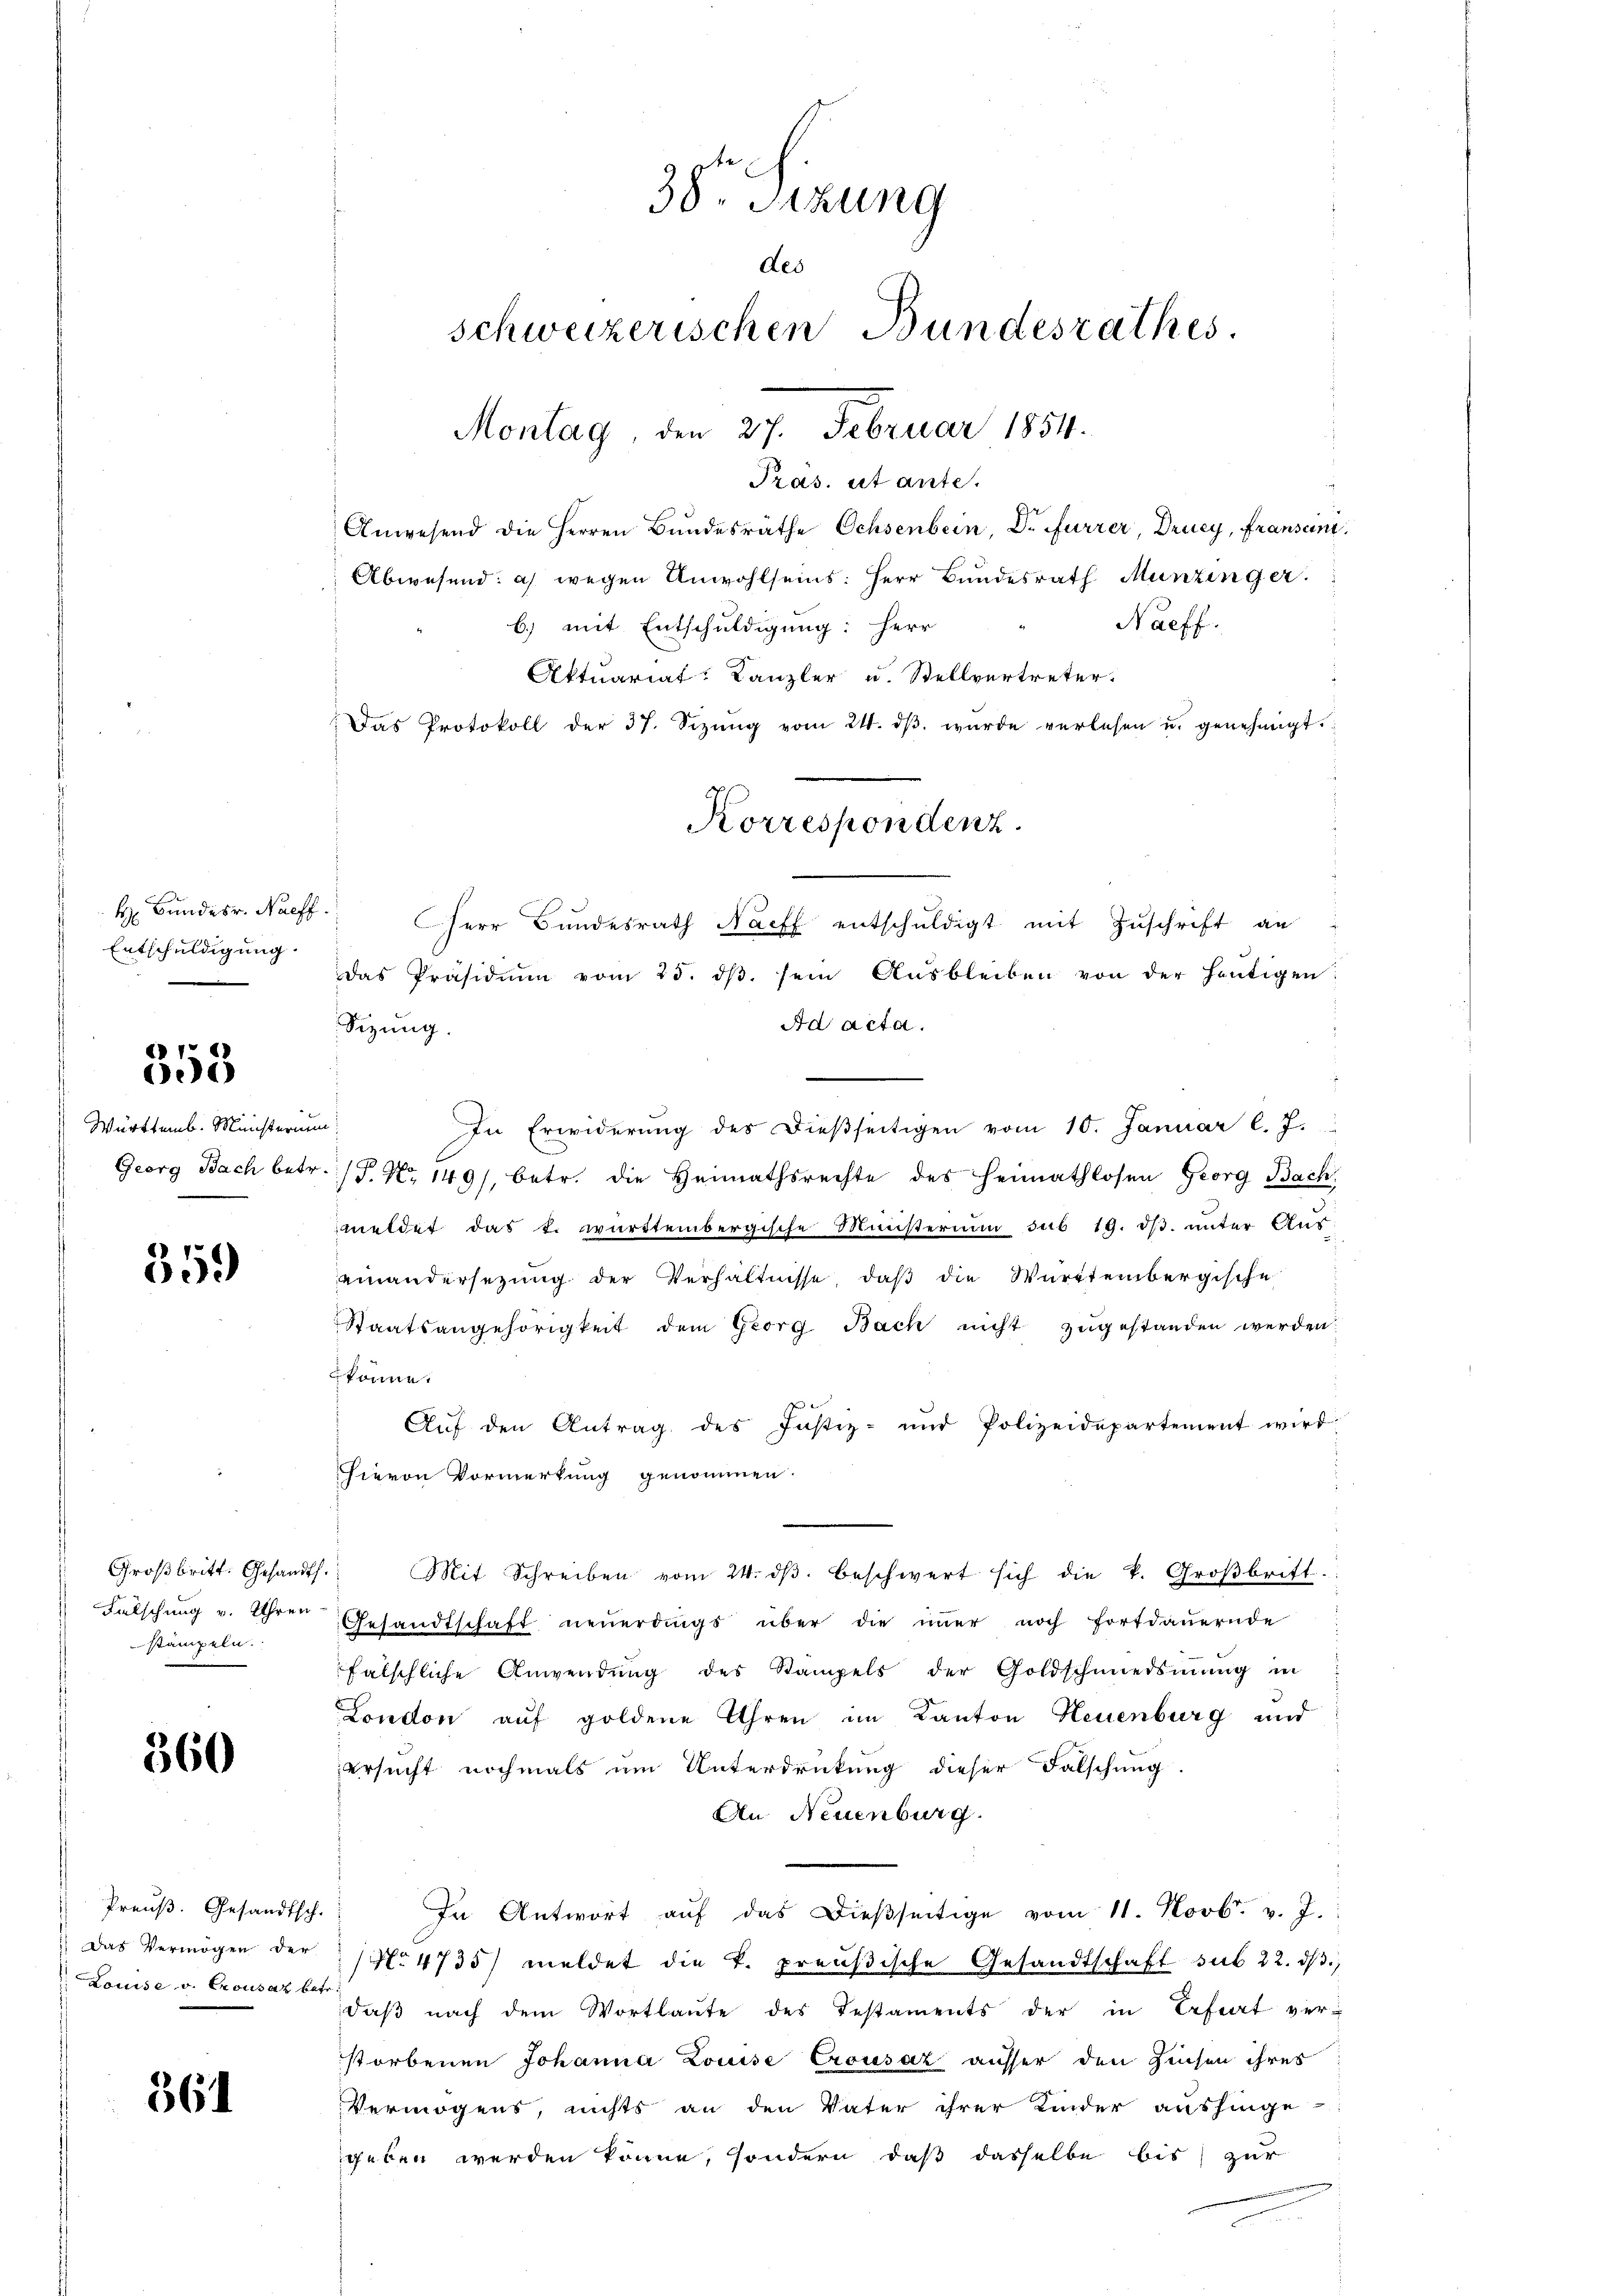
H. Bundesr. Naeff.
Entschuldigung.

353

Württemb. Ministerium

359

stampeln.

360

Preuß. Gesandtsch.
Louise v. Crousaz betr.

361

38. Sizung
des
schweizerischen Bundesrathes
Montag, den 27. Februar 1854.

Pras. ut ante.
Anwesend die Herren Bundesräthe Ochsenbein, Dr. Furrer, Drucy, Fransen.
Abwesend: a) wegen Unwohlseins: Herr Bundesrath Munzinger
Naeff.
b) mit Entschuldigung: Herr
Aktuariat-Kanzler u. Stellvertreter.
Das Protokoll der 37. Sizŭng vom 24. dβ. wurde verlesen u. genehmigt.
err Bŭndesrath Nach entschŭldigt mit Zŭschrift an
Das Präsidiŭm vom 25. dβ. sein Aŭsbleiben von der heŭtigen:
Ad acta.
Sizung.
In Erwiderŭng des dießseitigen vom 10. Januar l. J.
Georg Bach betr. P. Nr. 149), betr. die Heimathsrechte des Heimathlosen Georg Bach
meldet das k. württembergische Ministerium sub 19. dβ. unter Aus-
einandersezung der Verhältnisse, daß die Württembergische
Staatsangehörigkeit dem Georg Bach nicht zugestanden werden.
könne.
Aŭf den Antrag des Justiz- und Polizeidepartement wird
Hievon Vormerkung genommen.
Groβbritt. Gesandts. Mit Schreiben vom 24. dβ beschwert sich die k. Groβbrift.
Falschŭng v. ihrer Gesandtschaft neŭerdings über die immer noch fortdauernde
fälschliche Anwendŭng des Stampels der Goldschmiedsmang in
London auf goldene Uhren im Kanton Neuenburg und
ersucht nochmals um Unterdrückung dieser Falschung
An Neuenburg.
In Antwort aŭf das dießseitige vom 11. Novbr. v. J.
 Das Vermögen der No 4735) meldet die k. preußische Gesandtschaft sub 22. dβ,
daβ nach dem Wortlaute des Testaments der in Befrat ver-
storbenen Johanna Louise Crousaz ausser den Zinsen ihres
Vermögens, nichts an den Vater ihrer Kinder aushinge-
geben werden könne, sondern, daß dasselbe bis zur

Korrespondenz.